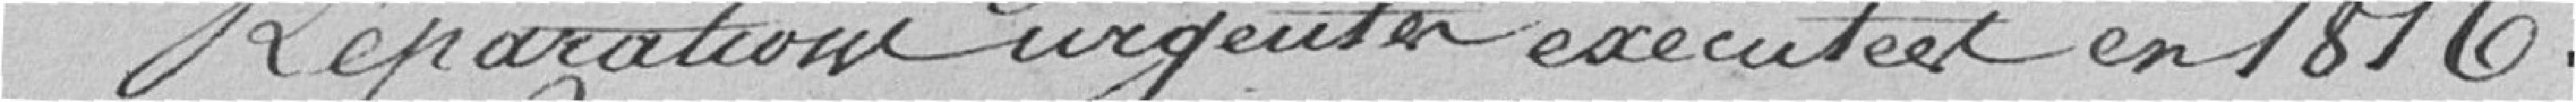
Réparations urgentes exécutées en 1816.